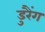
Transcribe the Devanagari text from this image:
डुरैंग